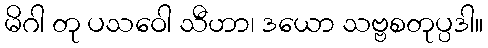
မိဂါ တု ပသဝေါ သီဟာ၊ ဒယော သဗ္ဗစတုပ္ပဒါ။